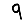
Digit: 9